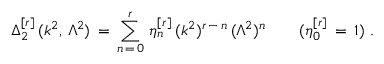
\Delta _ { 2 } ^ { [ r ] } \, ( k ^ { 2 } , \, \Lambda ^ { 2 } ) \, = \, \sum _ { n \, = \, 0 } ^ { r } \, \eta _ { n } ^ { [ r ] } \, ( k ^ { 2 } ) ^ { r \, - \, n } \, ( \Lambda ^ { 2 } ) ^ { n } \qquad ( \eta _ { 0 } ^ { [ r ] } \, = \, 1 ) \, \, .